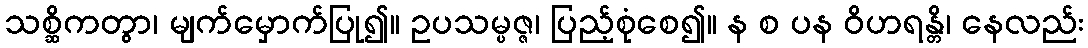
သစ္ဆိကတွာ၊ မျက်မှောက်ပြု၍။ ဥပသမ္ပဇ္ဇ၊ ပြည့်စုံစေ၍။ န စ ပန ဝိဟရန္တိ၊ နေလည်း